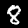
Digit: 8